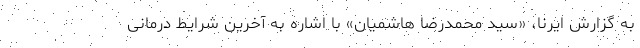
به گزارش ایرنا، «سید محمدرضا هاشمیان» با اشاره به آخرین شرایط درمانی